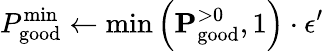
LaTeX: P_{\mathrm{good}}^{\mathrm{min}}\leftarrow\mathrm{min}\left(\mathbf{P}_{\mathrm{good}}^{>0},1\right)\cdot\epsilon^{\prime}